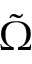
\tilde { \Omega }